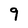
Character: 9